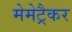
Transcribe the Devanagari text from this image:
मेमेट्रैकर